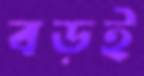
বড়ই